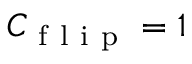
C _ { \mathrm { ~ f ~ l ~ i ~ p ~ } } = 1